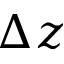
\Delta z